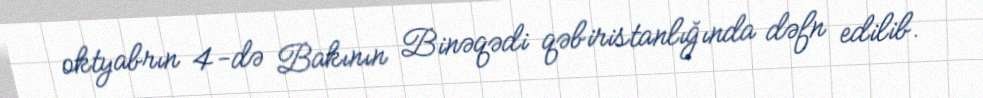
oktyabrın 4-də Bakının Binəqədi qəbiristanlığında dəfn edilib.